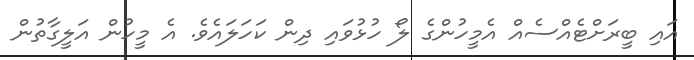
އައި ބީރަށްޓެއްސެއް އެމީހުންގެ ލޯ ހުޅުވައި ދިން ކަހަލައެވެ. އެ މީހުން އަލީގާތުން